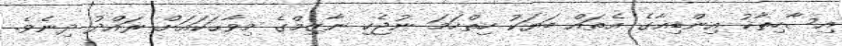
އިސާހިތާކު އިންޑިއާގެ އެތައް ބަޔަކު ހިތްހަމަ ނުޖެހި ނާޒިމްގެ މިވާޙަކައަށް ރައްދު ދިނެވެ.